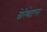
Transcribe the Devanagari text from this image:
वेरियेटल्स